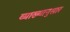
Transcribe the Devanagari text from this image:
व्याख्यानुसार